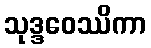
သုဒ္ဒဝေဿိကာ